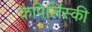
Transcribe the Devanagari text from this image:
कैपिलिंस्की